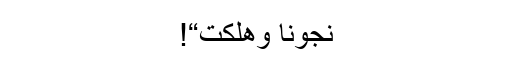
نجونا وھلكت“!